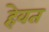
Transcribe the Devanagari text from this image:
हेवत